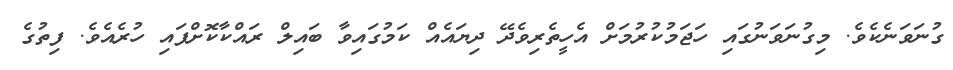
ގުނަވަނެކެވެ. މިގުނަވަނުގައި ހަޖަމުކުރުމަށް އެހީތެރިވެދޭ ދިޔައެއް ކަމުގައިވާ ބައިލް ރައްކާކޮށްފައި ހުރެއެވެ. ފިތުގެ